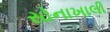
સોનાખાલી